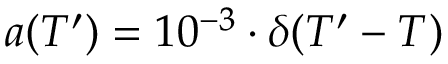
a ( T ^ { \prime } ) = 1 0 ^ { - 3 } \cdot \delta ( T ^ { \prime } - T )